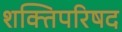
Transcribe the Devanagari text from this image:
शक्तिपरिषद